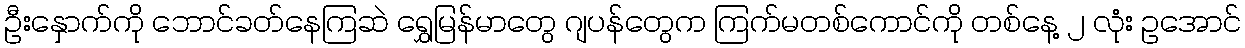
ဦးနှောက်ကို ဘောင်ခတ်နေကြဆဲ ရွှေမြန်မာတွေ ဂျပန်တွေက ကြက်မတစ်ကောင်ကို တစ်နေ့ ၂ လုံး ဥအောင်